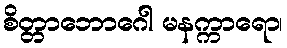
စိတ္တာဘောဂေါ မနက္ကာရော၊